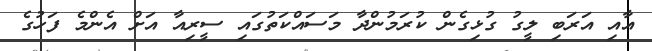
އާއި އަރަބި ލީގު ގުޅިގެން ކުރަމުންދާ މަސައްކަތުގައި ސީރިއާ އަށް އެންމެ ފަހުގެ